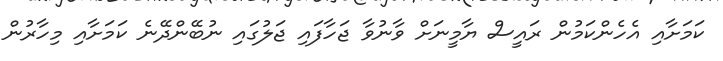
ކަމަށާއި އެހެންކަމުން ރައީސް ޔާމީނަށް ވާނުވާ ޖަހާފައި ޖަލުގައި ނުބޭންދޭނެ ކަމަށާއި މިހާރުން